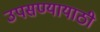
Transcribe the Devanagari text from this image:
उपसण्यायाठी